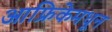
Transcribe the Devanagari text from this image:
आफ्रिकेमधून